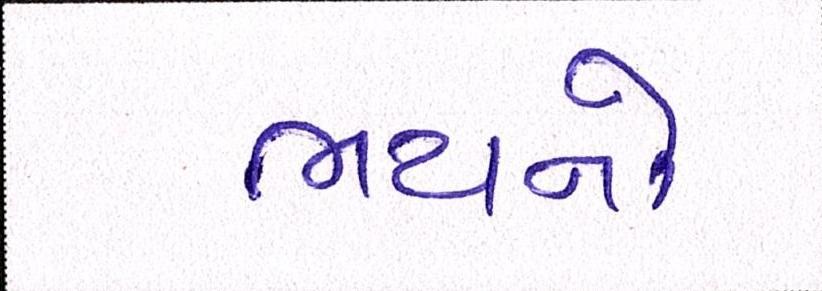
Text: ભયનો